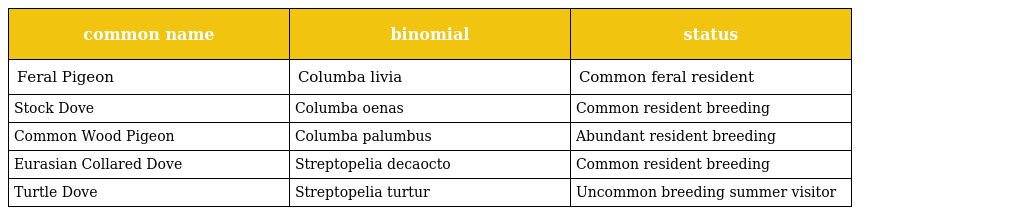
| common name | binomial | status |
 | --- | --- | --- |
 | Feral Pigeon | Columba livia | Common feral resident |
 | Stock Dove | Columba oenas | Common resident breeding |
 | Common Wood Pigeon | Columba palumbus | Abundant resident breeding |
 | Eurasian Collared Dove | Streptopelia decaocto | Common resident breeding |
 | Turtle Dove | Streptopelia turtur | Uncommon breeding summer visitor |